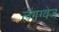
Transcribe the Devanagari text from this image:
लैंगग्वेज